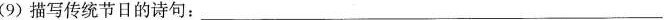
(9) 描写传统节日的诗句：___